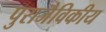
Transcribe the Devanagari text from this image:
पुराजैविकीय